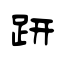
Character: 趼